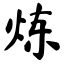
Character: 炼